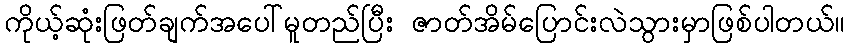
ကိုယ့်ဆုံးဖြတ်ချက်အပေါ်မူတည်ပြီး ဇာတ်အိမ်ပြောင်းလဲသွားမှာဖြစ်ပါတယ်။